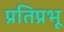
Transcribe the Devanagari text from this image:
प्रतिप्रभू